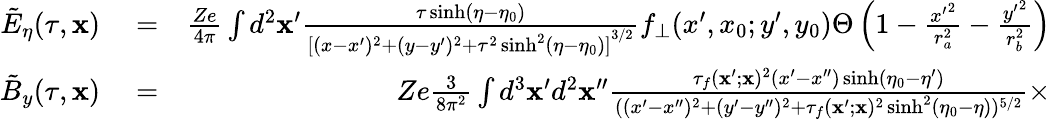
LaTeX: \begin{array}{rlr}{\tilde{E}_{\eta}(\tau,\mathbf{x})}&{{}=}&{\frac{Ze}{4\pi}\int d^{2}\mathbf{x}^{\prime}\frac{\tau\sinh(\eta-\eta_{0})}{{[(x-x^{\prime})^{2}+(y-y^{\prime})^{2}+\tau^{2}\sinh^{2}(\eta-\eta_{0})]}^{3/2}}f_{\bot}(x^{\prime},x_{0};y^{\prime},y_{0})\Theta\left(1-\frac{{x^{\prime}}^{2}}{r_{a}^{2}}-\frac{{y^{\prime}}^{2}}{r_{b}^{2}}\right)}\\ {\tilde{B}_{y}(\tau,\mathbf{x})}&{{}=}&{Ze\frac{3}{8\pi^{2}}\int d^{3}\mathbf{x}^{\prime}d^{2}\mathbf{x}^{\prime\prime}\frac{\tau_{f}(\mathbf{x}^{\prime};\mathbf{x})^{2}(x^{\prime}-x^{\prime\prime})\sinh(\eta_{0}-\eta^{\prime})}{((x^{\prime}-x^{\prime\prime})^{2}+(y^{\prime}-y^{\prime\prime})^{2}+\tau_{f}(\mathbf{x}^{\prime};\mathbf{x})^{2}\sinh^{2}(\eta_{0}-\eta))^{5/2}}\times}\end{array}